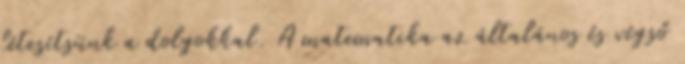
létesítsünk a dolgokkal. A matematika az általános és végső